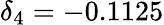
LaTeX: \delta_{4}=-0.1125